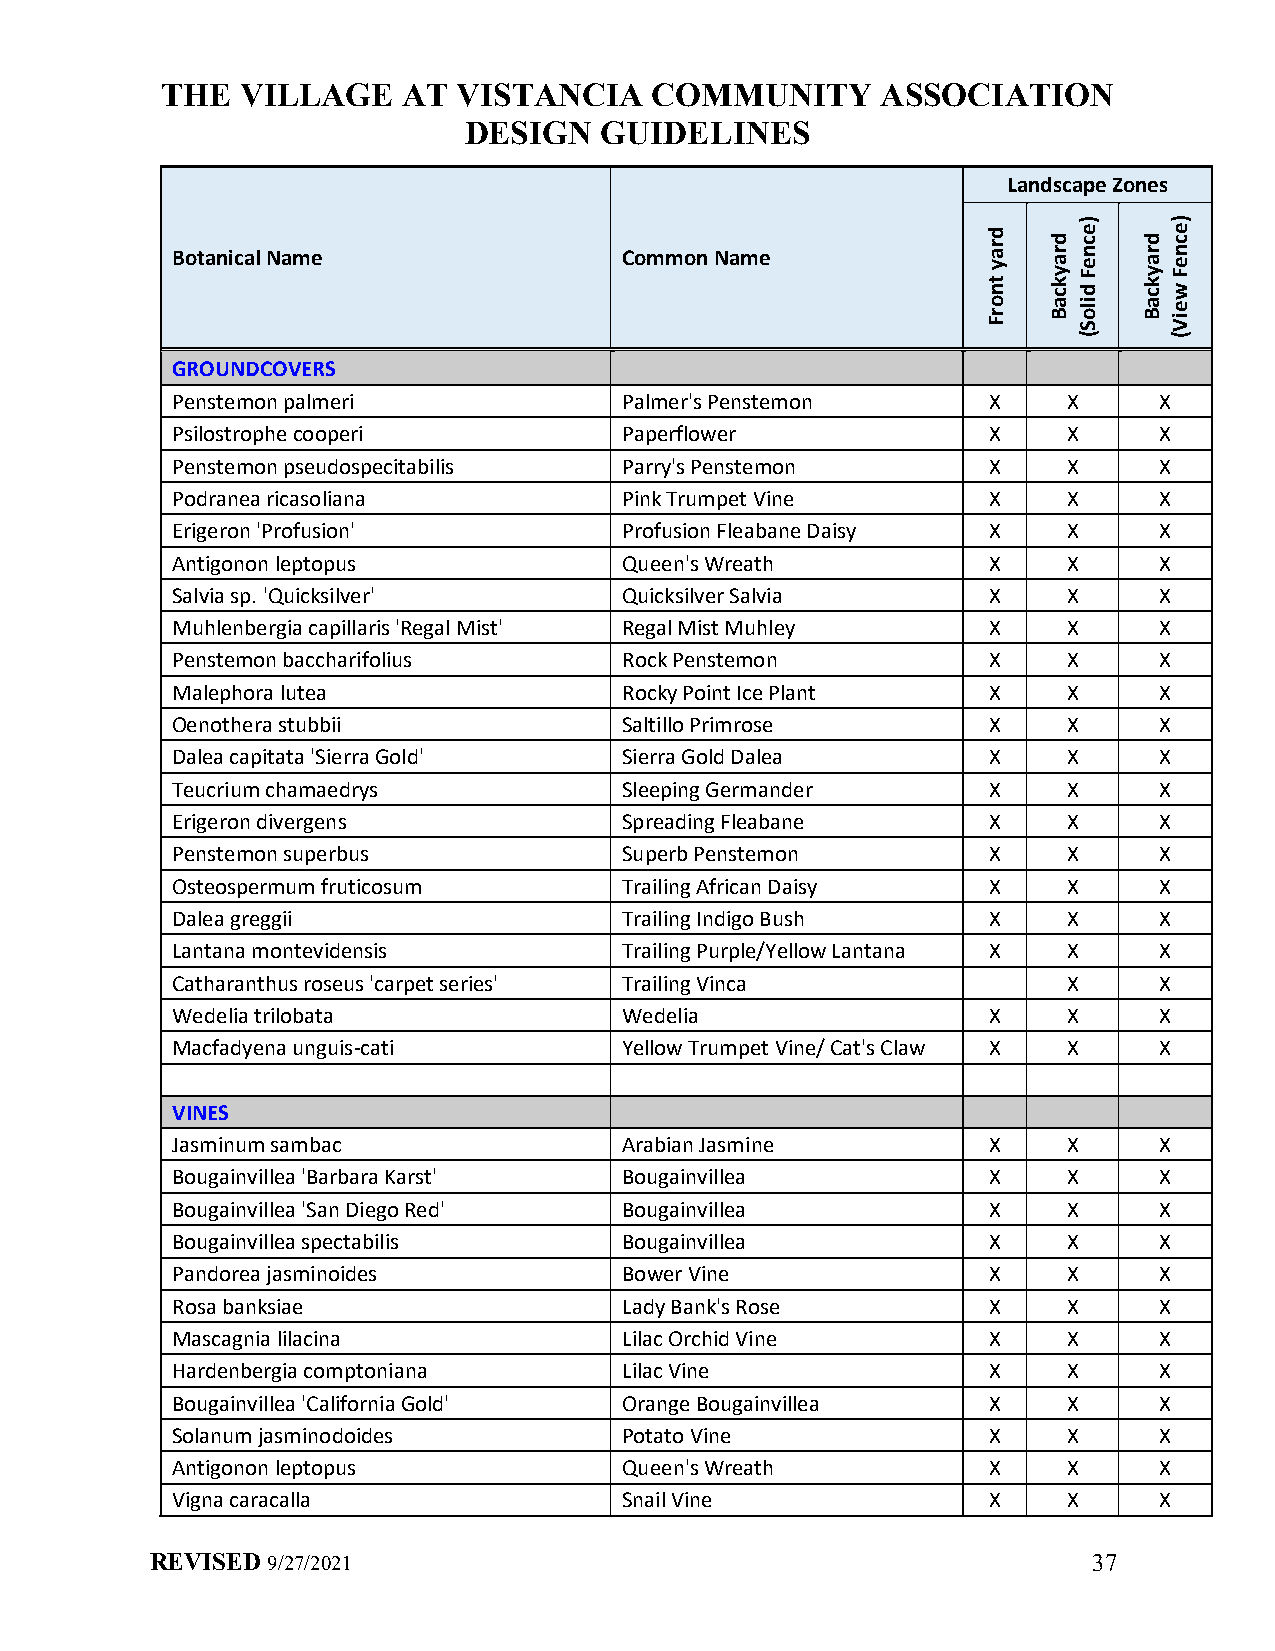
THE  VILLAGE    AT VISTANCIA    COMMUNITY      ASSOCIATION
 DESIGN   GUIDELINES
 Landscape Zones
 Botanical Name                Common Name
 GROUNDCOVERS
 Penstemon palmeri             Palmer's Penstemon      X     X     X
 Psilostrophe cooperi          Paperflower             X     X     X
 Penstemon pseudospecitabilis  Parry's Penstemon       X     X     X
 Podranea ricasoliana          Pink Trumpet Vine       X     X     X
 Erigeron 'Profusion'          Profusion Fleabane Daisy X    X     X
 Antigonon leptopus            Queen's Wreath          X     X     X
 Salvia sp. 'Quicksilver'      Quicksilver Salvia      X     X     X
 Muhlenbergia capillaris 'Regal Mist' Regal Mist Muhley X    X     X
 Penstemon baccharifolius      Rock Penstemon          X     X     X
 Malephora lutea               Rocky Point Ice Plant   X     X     X
 Oenothera stubbii             Saltillo Primrose       X     X     X
 Dalea capitata 'Sierra Gold'  Sierra Gold Dalea       X     X     X
 Teucrium chamaedrys           Sleeping Germander      X     X     X
 Erigeron divergens            Spreading Fleabane      X     X     X
 Penstemon superbus            Superb Penstemon        X     X     X
 Osteospermum fruticosum       Trailing African Daisy  X     X     X
 Dalea greggii                 Trailing Indigo Bush    X     X     X
 Lantana montevidensis         Trailing Purple/Yellow Lantana X X  X
 Catharanthus roseus 'carpet series' Trailing Vinca          X     X
 Wedelia trilobata             Wedelia                 X     X     X
 Macfadyena unguis-cati        Yellow Trumpet Vine/ Cat's Claw X X X
 VINES
 Jasminum sambac               Arabian Jasmine         X     X     X
 Bougainvillea 'Barbara Karst' Bougainvillea           X     X     X
 Bougainvillea 'San Diego Red' Bougainvillea           X     X     X
 Bougainvillea spectabilis     Bougainvillea           X     X     X
 Pandorea jasminoides          Bower Vine              X     X     X
 Rosa banksiae                 Lady Bank's Rose        X     X     X
 Mascagnia lilacina            Lilac Orchid Vine       X     X     X
 Hardenbergia comptoniana      Lilac Vine              X     X     X
 Bougainvillea 'California Gold' Orange Bougainvillea  X     X     X
 Solanum jasminodoides         Potato Vine             X     X     X
 Antigonon leptopus            Queen's Wreath          X     X     X
 Vigna caracalla               Snail Vine              X     X     X
 REVISED 9/27/2021                                             37
 dray
 tnorF
 draykcaB
 )ecneF
 diloS(
 draykcaB
 )ecneF
 weiV(